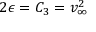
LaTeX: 2 \epsilon = C _ { 3 } = v _ { \infty } ^ { 2 } \,